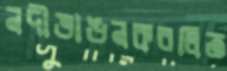
নদীভাঙনকবলিত